Annual administration report of the Civil Veterinary Department of India - 1892-1893
Year: 1892
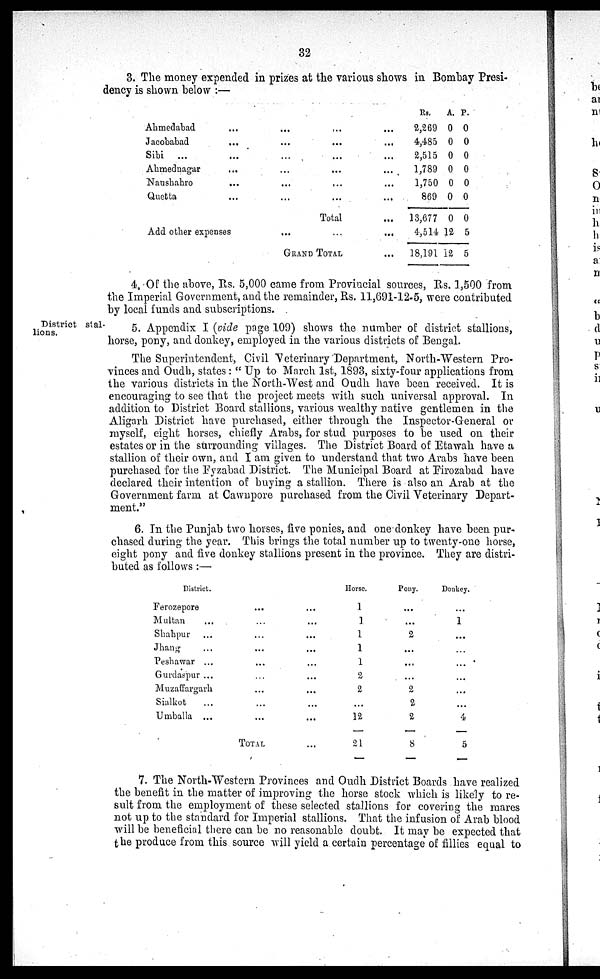
32
3. The money expended in prizes at the various shows in Bombay Presi-
dency is shown below:—
Ahmedabad ... ... ... ...
Jacobabad ... ... ... ...
Sibi ... ... ... ... ...
Ahmednagar ... ... ... ...
Naushahro ... ... ... ...
Quetta ... ... ... ...
Total...
Add other expenses
...
...
...
GRAND TOTAL...
Rs.
2,269
4,485
2,515
1,789
1,750
869
13,677
4,514
18,191
A.
0
0
0
0
0
0
0
12
12
P.
0
0
0
0
0
0
0
5
5
4. Of the above, Rs. 5,000 came from Provincial sources, Rs. 1,500 from
the Imperial Government, and the remainder, Rs. 11,691-12-5, were contributed
by local funds and subscriptions.
District stal-
lions.
5. Appendix I (vide page 109) shows the number of district stallions,
horse, pony, and donkey, employed in the various districts of Bengal.
The Superintendent, Civil Veterinary Department, North-Western Pro-
vinces and Oudh, states: "Up to March 1st, 1893, sixty-four applications from
the various districts in the North-West and Oudh have been received. It is
encouraging to see that the project meets with such universal approval. In
addition to District Board stallions, various wealthy native gentlemen in the
Aligarh District have purchased, either through the Inspector-General or
myself, eight horses, chiefly Arabs, for stud purposes to be used on their
estates or in the surrounding villages. The District Board of Etawah have a
stallion of their own, and I am given to understand that two Arabs have been
purchased for the Fyzabad District. The Municipal Board at Firozabad have
declared their intention of buying a stallion. There is also an Arab at the
Government farm at Cawnpore purchased from the Civil Veterinary Depart-
ment."
6. In the Punjab two horses, five ponies, and one donkey have been pur-
chased during the year. This brings the total number up to twenty-one horse,
eight pony and five donkey stallions present in the province. They are distri-
buted as follows:—
District.
Ferozepore ... ...
Multan ... ... ...
Shahpur ... ... ...
Jhang ... ... ...
Peshawar ... ... ...
Gurdaspur ... ... ...
Muzaffargarh ... ...
Sialkot ... ... ...
Umballa ... ... ...
TOTAL
...
Horse.
1
1
1
1
1
2
2
...
12
21
Pony.
...
...
2
...
...
...
2
2
2
8
Donkey.
...
1
...
...
...
...
...
...
4
5
7. The North-Western Provinces and Oudh District Boards have realized
the benefit in the matter of improving the horse stock which is likely to re-
sult from the employment of these selected stallions for covering the mares
not up to the standard for Imperial stallions. That the infusion of Arab blood
will be beneficial there can be no reasonable doubt. It may be expected that
the produce from this source will yield a certain percentage of fillies equal to